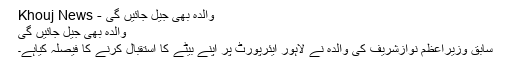
والدہ بھی جیل جائیں گی - Khouj News
والدہ بھی جیل جائیں گی
سابق وزیراعظم نوازشریف کی والدہ نے لاہور ایئرپورٹ پر اپنے بیٹے کا استقبال کرنے کا فیصلہ کیاہے۔